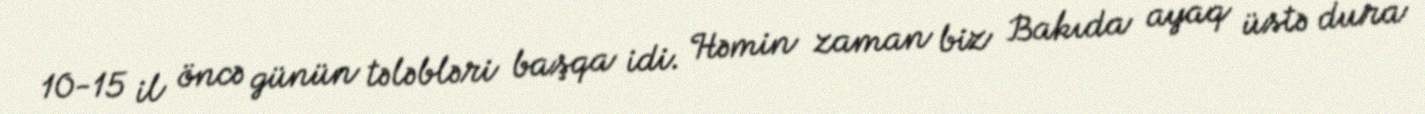
10-15 il öncə günün tələbləri başqa idi. Həmin zaman biz Bakıda ayaq üstə dura